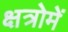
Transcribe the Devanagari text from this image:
क्षत्रोमें